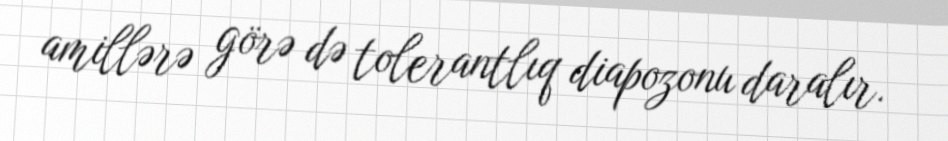
amillərə görə də tolerantlıq diapozonu daralır.